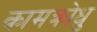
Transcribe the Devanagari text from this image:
कामक्रोधु